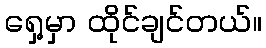
ရှေ့မှာ ထိုင်ချင်တယ်။